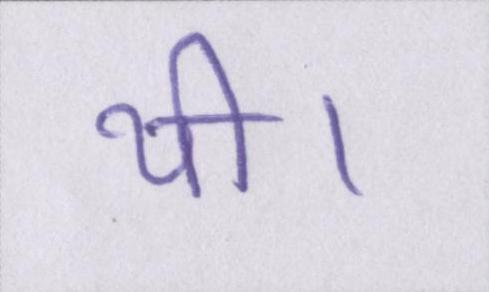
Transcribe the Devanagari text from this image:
थी।